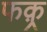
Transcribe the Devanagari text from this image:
फक़्र